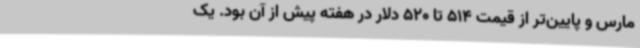
مارس و پایین‌تر از قیمت 514 تا 520 دلار در هفته پیش از آن بود. یک